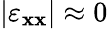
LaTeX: |\varepsilon_{\mathbf{x}\mathbf{x}}|\approx0